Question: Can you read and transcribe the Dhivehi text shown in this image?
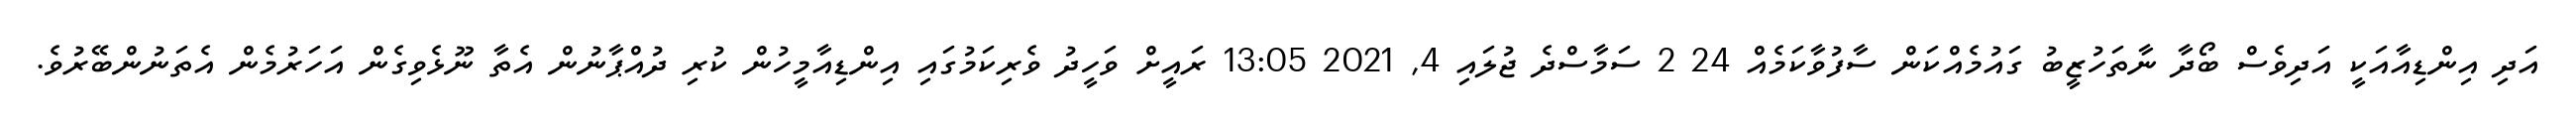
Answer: އަދި އިންޑިއާއަކީ އަދިވެސް ބޯދާ ނާތަހުޒީބު ގައުމެއްކަން ސާފުވާކަމެއް 24 2 ސަމާސްދެ ޖުލައި 4, 2021 13:05 ރައީށް ވަހީދު ވެރިކަމުގައި އިންޑިއާމީހުން ކުރި ދުއްޕާނުން އެތާ ނޫޅެވިގެން އަހަރުމެން އެތަނުންބޭރުވެ.